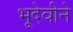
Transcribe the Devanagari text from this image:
भूदेवीने